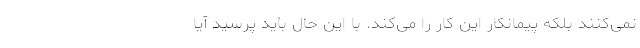
نمی‌کنند بلکه پیمانکار این کار را می‌کند. با این حال باید پرسید آیا